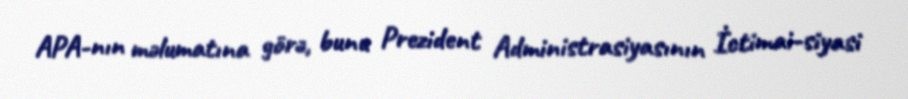
APA-nın məlumatına görə, bunu Prezident Administrasiyasının İctimai-siyasi